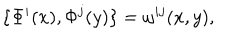
LaTeX: \{ \Phi ^ { i } ( x ) , \Phi ^ { j } ( y ) \} = \omega ^ { i j } ( x , y ) ,